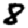
Digit: 8